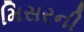
મિસરની